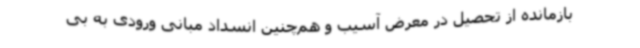
بازمانده از تحصیل در معرض آسیب و هم‌چنین انسداد مبانی ورودی به بی